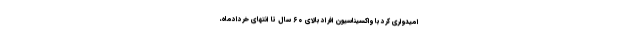
امیدواری کرد با واکسیناسیون افراد بالای ۶۰ سال تا انتهای خردادماه،